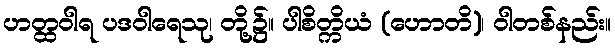
ဟတ္ထဝါရ ပဒဝါရေသု၊ တို့၌။ ပါစိတ္ကိယံ (ဟောတိ)၊ ဝါတစ်နည်း။